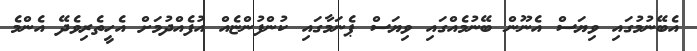
އެބޭނުމުގައި ވިޔަސް އެނޫން ބޭނުމެއްގައި ވިޔަސް ޕެނަމާގައި ކުންފުންޏެއް އުފެއްދުމަށް އެހީތެރިވެދޭ އެންމެ